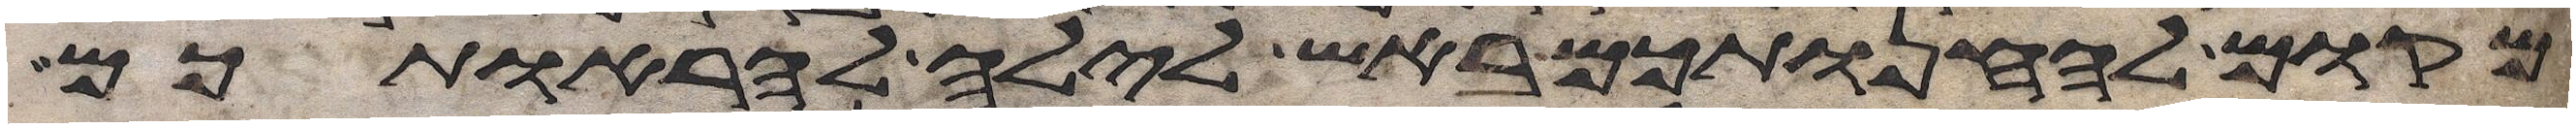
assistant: מקום להחנותכם באש לילה להראותכם